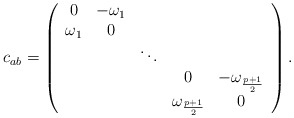
\begin{align*} c_{ab}=\left( \begin{array}{ccccc} 0 & -\omega_1 & & & \\ \omega_1 &0& & & \\ & &\ddots & & \\ &&&0 & -\omega_{\frac{p+1}{2}} \\ &&&\omega_{\frac{p+1}{2}} &0 \\ \end{array} \right).\end{align*}